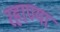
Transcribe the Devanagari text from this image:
रहाण्या